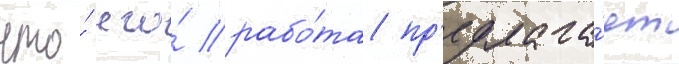
что́ его́ рабо́та пр'едлага́ет